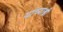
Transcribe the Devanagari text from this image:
यांच्याश्वी